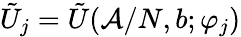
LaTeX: \tilde{U}_{j}=\tilde{U}(\mathcal{A}/N,b;\varphi_{j})